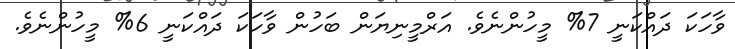
ވާހަކަ ދައްކަނީ 7% މީހުންނެވެ. އަރްމީނިޔަން ބަހުން ވާހަކަ ދައްކަނީ 6% މީހުންނެވެ.